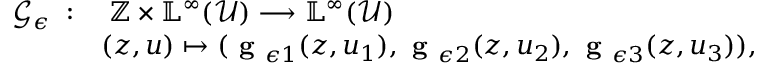
\begin{array} { r l } { \mathcal { G } _ { \epsilon } \; : } & { \; \mathbb { Z } \times \mathbb { L } ^ { \infty } ( \mathcal { U } ) \longrightarrow \mathbb { L } ^ { \infty } ( \mathcal { U } ) } \\ & { ( z , u ) \mapsto ( \textbf { g } _ { \epsilon 1 } ( z , u _ { 1 } ) , \textbf { g } _ { \epsilon 2 } ( z , u _ { 2 } ) , \textbf { g } _ { \epsilon 3 } ( z , u _ { 3 } ) ) , } \end{array}